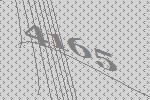
4165